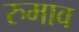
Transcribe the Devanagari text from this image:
रुमाव